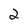
Character: 2